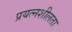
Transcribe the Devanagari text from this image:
प्रयत्नशीलता